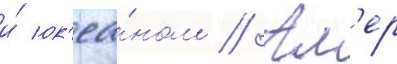
и́ ок'еа́ном // Ал'ер